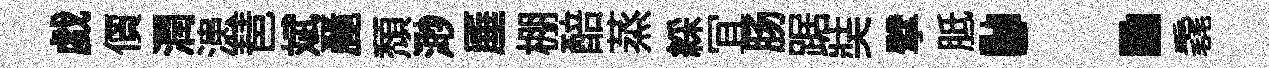
戯價潤漶琶斌䴡頹𣺌厜棚醅蒸綵冝肠踞奘擘胝：毳